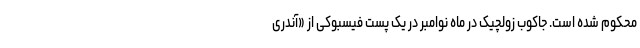
محکوم شده است. جاکوب زولچیک در ماه نوامبر در یک پست فیسبوکی از «آندری